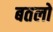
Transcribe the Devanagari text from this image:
बतलो